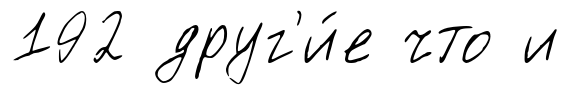
192 друг'и́е что и